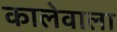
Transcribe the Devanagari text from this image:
कालेवाला